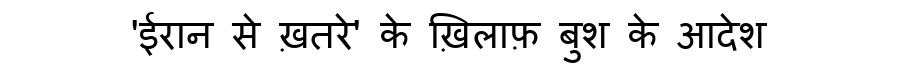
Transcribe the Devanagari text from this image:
'ईरान से ख़तरे' के ख़िलाफ़ बुश के आदेश